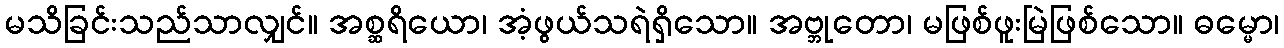
မသိခြင်းသည်သာလျှင်။ အစ္ဆရိယော၊ အံ့ဖွယ်သရဲရှိသော။ အဗ္ဘုတော၊ မဖြစ်ဖူးမြဲဖြစ်သော။ ဓမ္မော၊